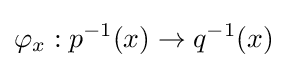
\varphi _{x}:p^{-1}(x)\to q^{-1}(x)